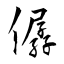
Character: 僝